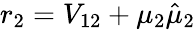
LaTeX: r_{2}=V_{12}+\mu_{2}\hat{\mu}_{2}